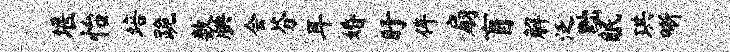
堰怡培跪数腆会芬耳婚盱侔扇盲解泛黜眠珙晰